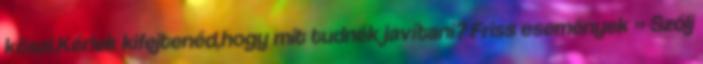
köszi.Kérlek kifejtenéd,hogy mit tudnék javítani? Friss események » Szólj